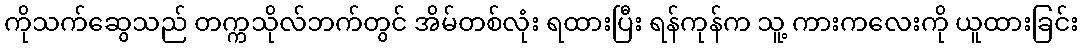
ကိုသက်ဆွေသည် တက္ကသိုလ်ဘက်တွင် အိမ်တစ်လုံး ရထားပြီး ရန်ကုန်က သူ့ ကားကလေးကို ယူထားခြင်း